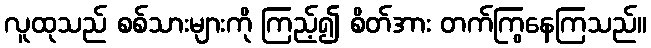
လူထုသည် စစ်သားများကို ကြည့်၍ စိတ်အား တက်ကြွနေကြသည်။